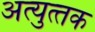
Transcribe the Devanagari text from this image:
अत्‍युत्‍तक